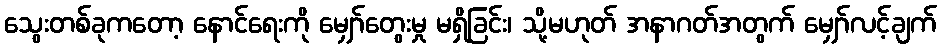
သွေးတစ်ခုကတော့ နောင်ရေးကို မျှော်တွေးမှု မရှိခြင်း၊ သို့မဟုတ် အနာဂတ်အတွက် မျှော်လင့်ချက်